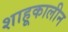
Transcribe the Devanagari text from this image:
शाहूकालीन